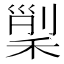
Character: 𥟸